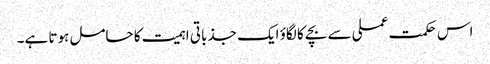
اس حکمت عملی سے بچے کا لگاؤ ایک جذباتی اہمیت کا حامل ہوتا ہے۔